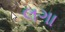
લગા